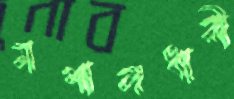
মশালধারী